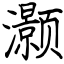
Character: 灏